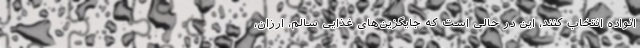
انواده انتخاب کنند، این در حالی است که جایگزین‌های غذایی سالم، ارزان،